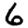
Digit: 6